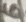
Text: 6